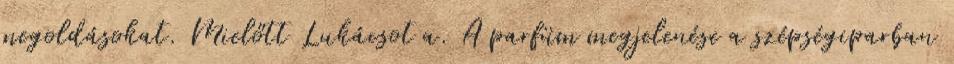
megoldásokat. Mielőtt Lukácsot a. A parfüm megjelenése a szépségiparban